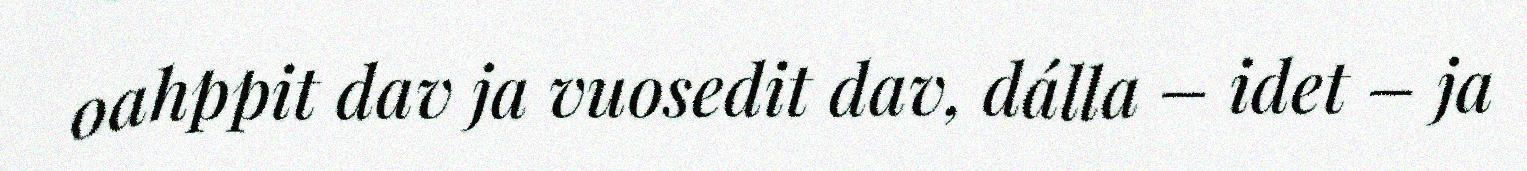
oahppit dav ja vuosedit dav, dálla – idet – ja